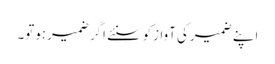
اپنے ضمیرکی آوازکوسنئے اگرضمیرہوتو۔